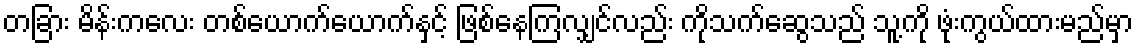
တခြား မိန်းကလေး တစ်ယောက်ယောက်နှင့် ဖြစ်နေကြလျှင်လည်း ကိုသက်ဆွေသည် သူ့ကို ဖုံးကွယ်ထားမည်မှာ